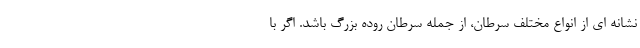
نشانه ای از انواع مختلف سرطان، از جمله سرطان روده بزرگ باشد. اگر با